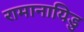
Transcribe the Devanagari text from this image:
रामानायिडु